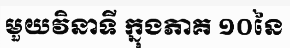
មួយវិនាទី ក្នុងភាគ ១០នៃ